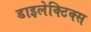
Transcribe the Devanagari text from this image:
डाइलेक्टिक्स